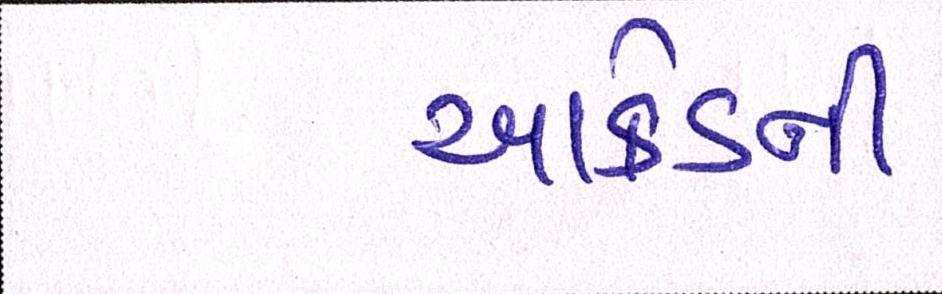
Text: આર્કેડની